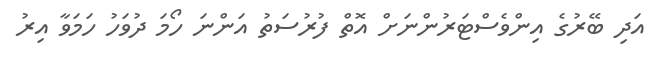
އަދި ބޭރުގެ އިންވެސްޓަރުންނަށް އޮތް ފުރުސަތު އަންނަ ހޯމަ ދުވަހު ހަމަވާ އިރު